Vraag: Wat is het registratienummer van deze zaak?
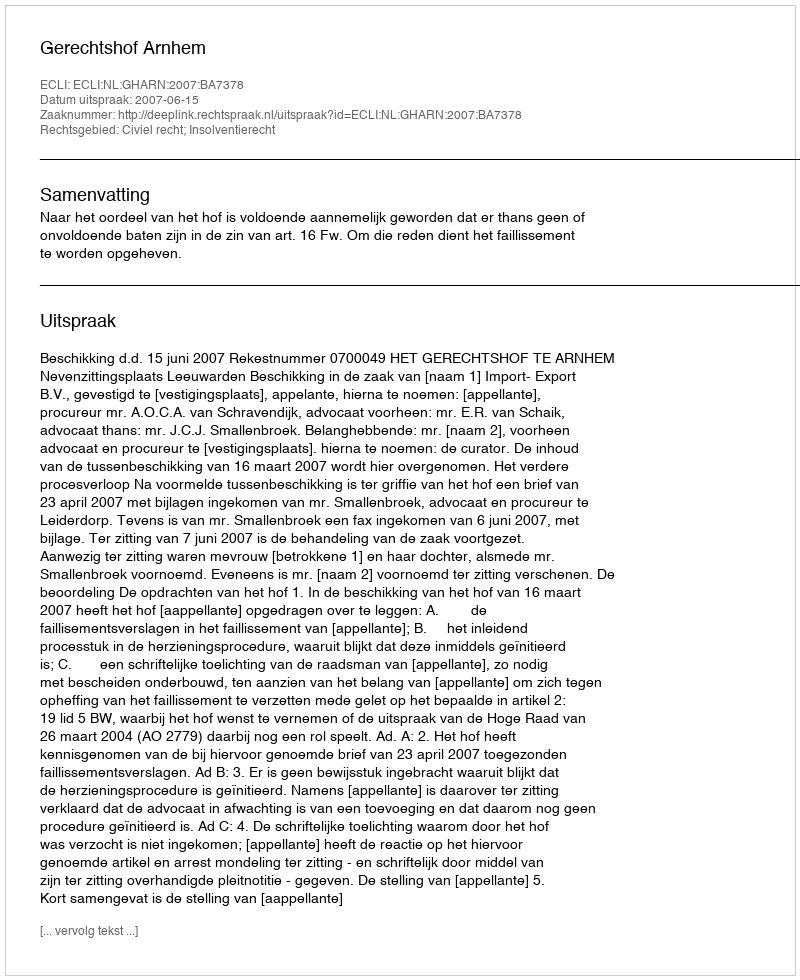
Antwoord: http://deeplink.rechtspraak.nl/uitspraak?id=ECLI:NL:GHARN:2007:BA7378